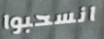
انسحبوا